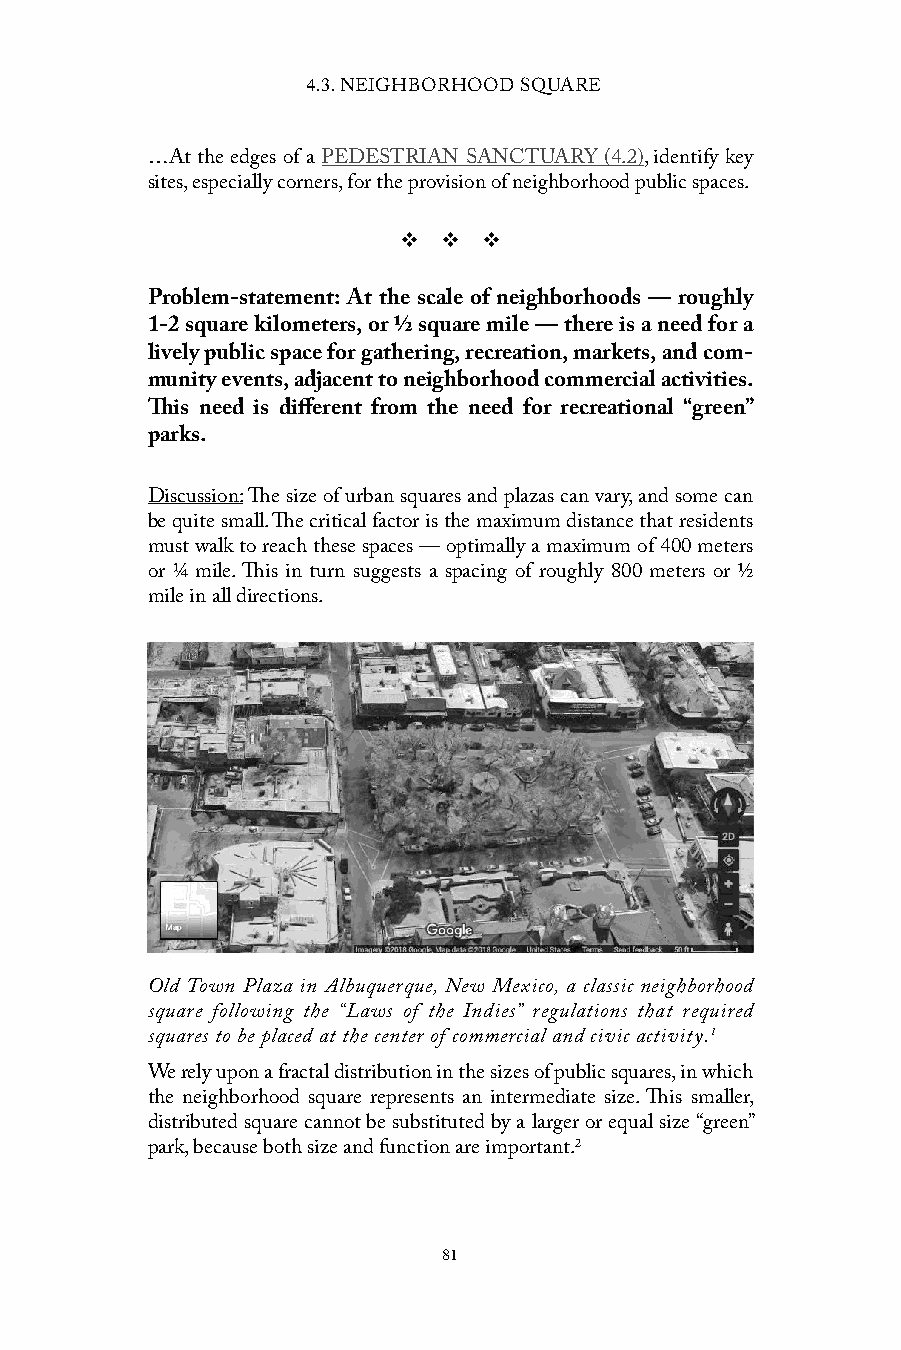
4.3. NEIGHBORHOOD SQUARE
 …At the edges of a PEDESTRIAN SANCTUARY (4.2), identify key
 sites, especially corners, for the provision of neighborhood public spaces.
 v  v  v
 Problem-statement: At the scale of neighborhoods — roughly
 1-2 square kilometers, or ½ square mile — there is a need for a
 lively public space for gathering, recreation, markets, and com-
 munity events, adjacent to neighborhood commercial activities.
 This need is different from the need for recreational “green”
 parks.
 Discussion: The size of urban squares and plazas can vary, and some can
 be quite small. The critical factor is the maximum distance that residents
 must walk to reach these spaces — optimally a maximum of 400 meters
 or ¼ mile. This in turn suggests a spacing of roughly 800 meters or ½
 mile in all directions.
 Old Town Plaza in Albuquerque, New Mexico, a classic neighborhood
 square following the “Laws of the Indies” regulations that required
 squares to be placed at the center of commercial and civic activity.1
 We rely upon a fractal distribution in the sizes of public squares, in which
 the neighborhood square represents an intermediate size. This smaller,
 distributed square cannot be substituted by a larger or equal size “green”
 park, because both size and function are important.2
 81